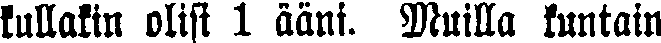
kullakin olisi 1 ääni. Muilla kuntain